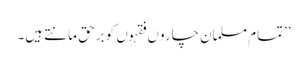
’’تمام مسلمان چاروں فقہوں کو برحق مانتے ہیں۔